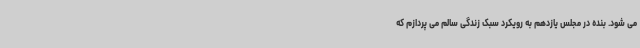
می شود. بنده در مجلس یازدهم به رویکرد سبک زندگی سالم می پردازم که